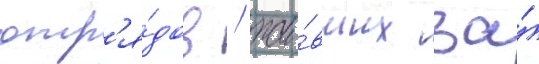
отр'я́дов / жи́вших за́